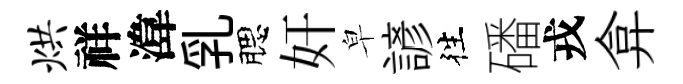
烘祥湋乳腮奸皁諺徃磻戎弇